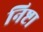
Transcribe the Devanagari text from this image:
निष्टा